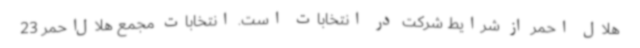
هلال احمر از شرایط شرکت در انتخابات است. انتخابات مجمع هلال‌احمر 23